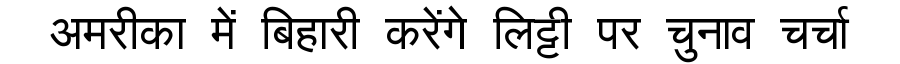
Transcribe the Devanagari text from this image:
अमरीका में बिहारी करेंगे लिट्टी पर चुनाव चर्चा